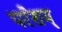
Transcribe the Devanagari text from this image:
परेशम्